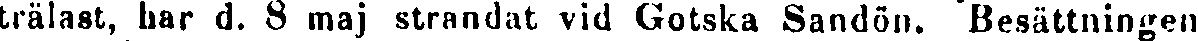
trälast, har d. 8 maj strandat vid Gotska Sandön. Besättningen